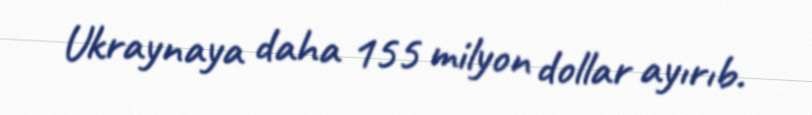
Ukraynaya daha 155 milyon dollar ayırıb.